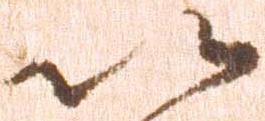
以